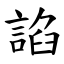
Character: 諂